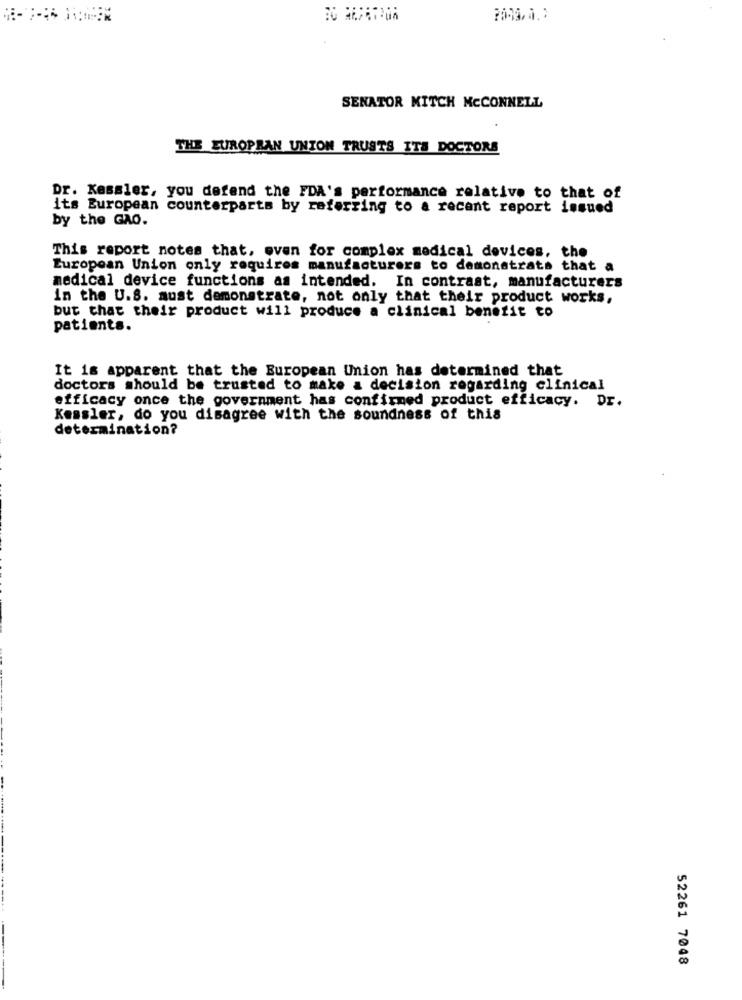
SENATOR MITCH MCCONNELL
THE EUROPEAN UNION TRUSTS TTE DOCTORS
Dr. Kessler, you defend the FDA's performance relative to that of
its European counterparts by referring to a recent report issued
by the GAO.
This report notes that, even for complex medical devices, the
European Union only requires manufacturers to demonstrate that a
medical device functions as intended. In contrast, manufacturers
in the U.S. aust demonstrate, not only that their product works,
but that their product will produce a clinical benefit to
patients.
It is apparent that the European Union has determined that
doctors should be trusted to make a decision regarding clinical
efficacy once the government has confirmed product efficacy. Dr.
Kessler, do you disagree with the soundness of this
determination?
52261 7048